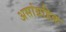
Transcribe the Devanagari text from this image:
असांग्रहिक